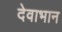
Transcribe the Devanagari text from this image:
देवाभान